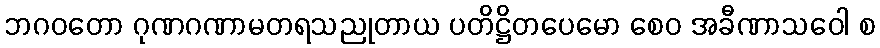
ဘဂဝတော ဂုဏဂဏာမတရသညုတာယ ပတိဋ္ဌိတပေမော စေဝ အခီဏာသဝေါ စ